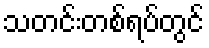
သတင်းတစ်ရပ်တွင်